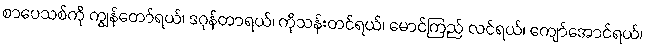
စာပေသစ်ကို ကျွန်တော်ရယ်၊ ဒဂုန်တာရယ်၊ ကိုသန်းတင်ရယ်၊ မောင်ကြည် လင်ရယ်၊ ကျော်အောင်ရယ်၊